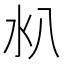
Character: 𣱺